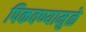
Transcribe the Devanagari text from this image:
पिकवण्यामुळे